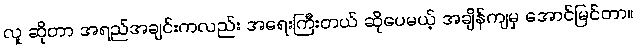
လူ ဆိုတာ အရည်အချင်းကလည်း အရေးကြီးတယ် ဆိုပေမယ့် အချိန်ကျမှ အောင်မြင်တာ။